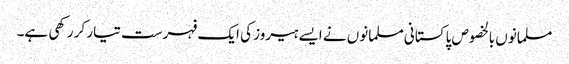
مسلمانوں بالخصوص پاکستانی مسلمانوں نے ایسے ہیروز کی ایک فہرست تیار کر رکھی ہے۔